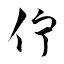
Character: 佇